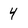
Character: 4